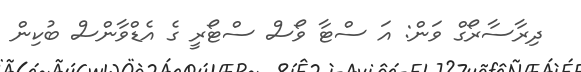
ދިރާސާރޯގް ވަން: އަ ސްޓާ ވޯސް ސްޓޯރީ ގެ އެޑްވާންސް ބުކިން